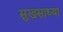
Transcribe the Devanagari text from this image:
सुखसाध्या